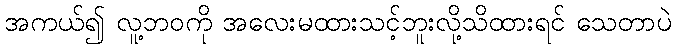
အကယ်၍ လူ့ဘဝကို အလေးမထားသင့်ဘူးလို့သိထားရင် သေတာပဲ